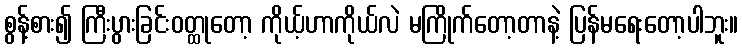
စွန့်စား၍ ကြီးပွားခြင်းဝတ္ထုတော့ ကိုယ့်ဟာကိုယ်လဲ မကြိုက်တော့တာနဲ့ ပြန်မရေးတော့ပါဘူး။